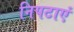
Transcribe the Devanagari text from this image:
निपटाएं